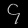
Digit: ၄